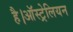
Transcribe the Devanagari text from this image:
है।ऑस्ट्रेलियन